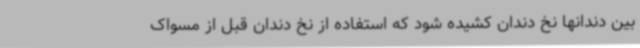
بین دندانها نخ دندان کشیده شود که استفاده از نخ دندان قبل از مسواک